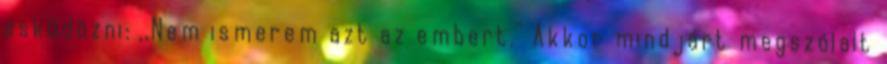
esküdözni: ,,Nem ismerem azt az embert.'' Akkor mindjárt megszólalt